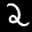
Label: 2